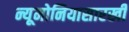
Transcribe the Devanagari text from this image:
न्यूमोनियासारखी